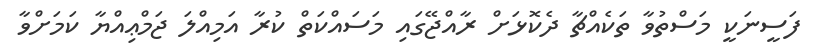
ފަސީނަކީ މަސްތުވާ ތަކެއްޗާ ދެކޮޅަށް ރާއްޖޭގައި މަސައްކަތް ކުރާ އަމިއްލަ ޖަމްޢިއްޔާ ކަމަށްވާ